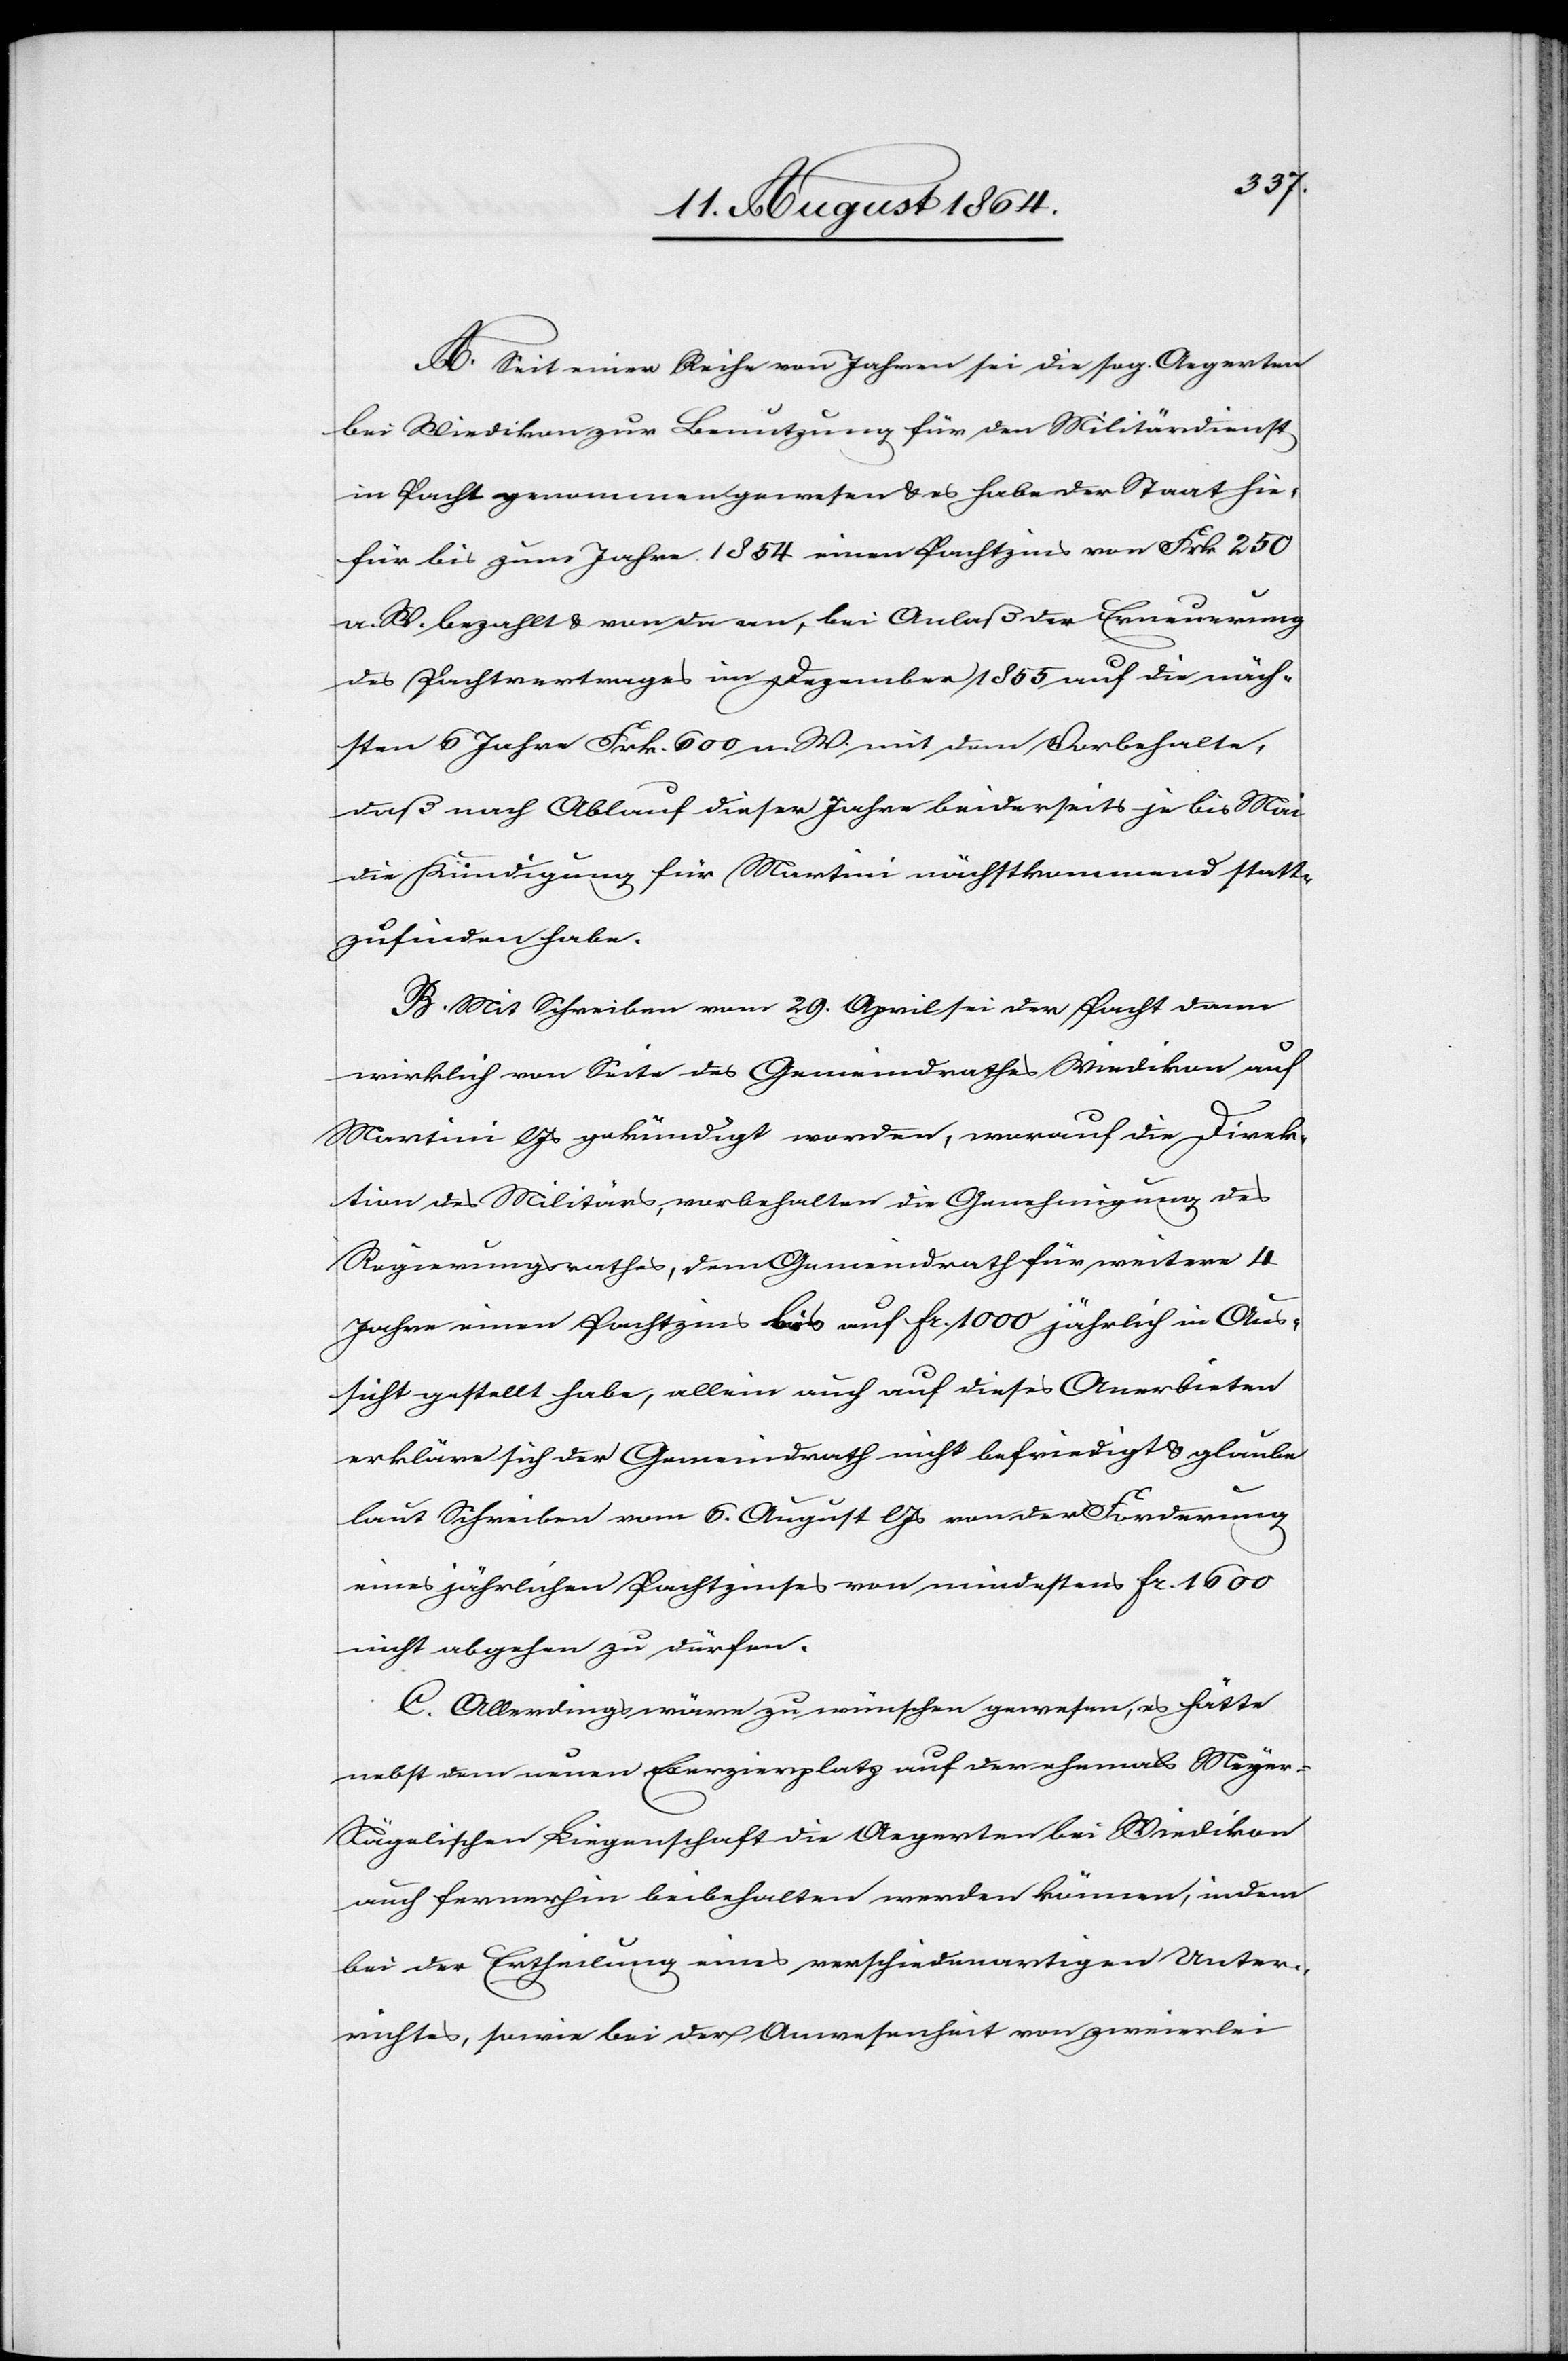
A. Seit einer Reihe von Jahren sei die sog. Aegerten
bei Wiedikon zur Benutzung für den Militärdienst
in Pacht genommen gewesen & es habe der Staat hie¬
für bis zum Jahr 1854 einen Pachtzins von Frk. 250
a. W. bezahlt & von da an, bei Anlaß der Erneuerung
des Pachtvertrages im Dezember 1855 auf die näch¬
sten 6 Jahre Frk. 600 a. W. mit dem Vorbehalte,
daß nach Ablauf dieser Jahre beiderseits je bis Mai
die Kündigung für Martini nächstkommend statt¬
zufinden habe.
B. Mit Schreiben vom 29. April sei der [sic!] Pacht dann
wirklich von Seite des Gemeindrathes Wiedikon auf
Martini l. Js. gekündigt worden, worauf die Direk¬
tion des Militärs, vorbehalten die Genehmigung des
Regierungsrathes, dem Gemeindrath für weitere 4
Jahre einen Pachtzins bis auf Fr. 1000 jährlich in Aus¬
sicht gestellt habe, allein auch auf dieses Anerbieten
erkläre sich der Gemeindrath nicht befriedigt & glaube
laut Schreiben vom 6. April l. Js. von der Forderung
eines jährlichen Pachtzinses von mindestens Frk. 1600
nicht abgehen zu dürfen.
C. Allerdings wäre zu wünschen gewesen, es hätte
nebst dem neuen Exerzierplatz auf der ehemals Meyer-N¬
ägelischen Liegenschaft die Aegerten bei Wiedikon
auch fernerhin beibehalten werden können, indem
bei der Ertheilung eines verschiedenartigen Unter¬
richtes, sowie bei der Anwesenheit von zweierlei